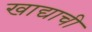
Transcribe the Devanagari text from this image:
खाद्याची